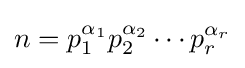
n=p_{1}^{\alpha _{1}}p_{2}^{\alpha _{2}}\cdots p_{r}^{\alpha _{r}}